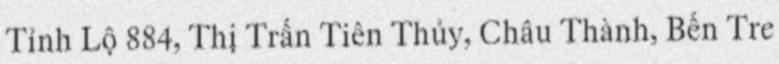
Tỉnh Lộ 884, Thị Trấn Tiên Thủy, Châu Thành, Bến Tre